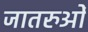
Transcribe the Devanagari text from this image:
जातरुओं